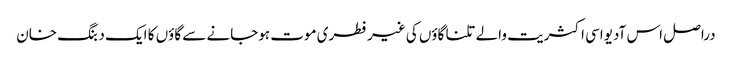
دراصل اس آدیواسی اکثریت والے تلنا گاؤں کی غیرفطری موت ہوجانے سے گاؤں کا ایک دبنگ خان